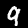
Digit: 9